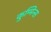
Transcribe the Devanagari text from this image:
कुम्मिन्स